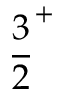
{ \frac { 3 } { 2 } } ^ { + }